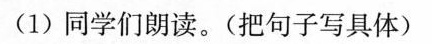
(1)同学们朗读。(把句子写具体)